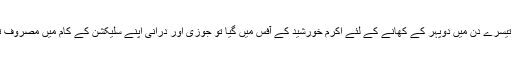
کوئی تیسرے دن میں دوپہر کے کھانے کے لئے اکرم خورشید کے آفس میں گیا تو جوزی اور درانی اپنے سلیکشن کے کام میں مصروف تھے ۔